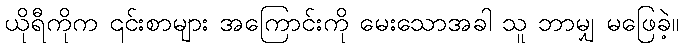
ယိုရီကိုက ၎င်းစာများ အကြောင်းကို မေးသောအခါ သူ ဘာမျှ မဖြေခဲ့။